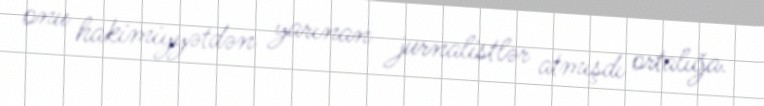
onu hakimiyyətdən yarınan jurnalistlər atmışdı ortalığa.